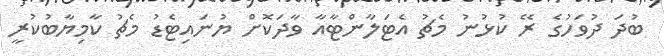
ބުދަ ދުވަހުގެ ރޭ ކުޅުނު މެޗު އެޓަލާންޓާއާ ވާދަކޮށް ޔުނައިޓެޑު މެޗު ކާމިޔާބުކުރީ